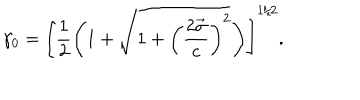
\gamma _ { 0 } = \left[ \frac { 1 } { 2 } \left( 1 + \sqrt { 1 + \left( \displaystyle \frac { 2 \vec { \sigma } } { c } \right) ^ { 2 } } \right) \right] ^ { 1 / 2 } .